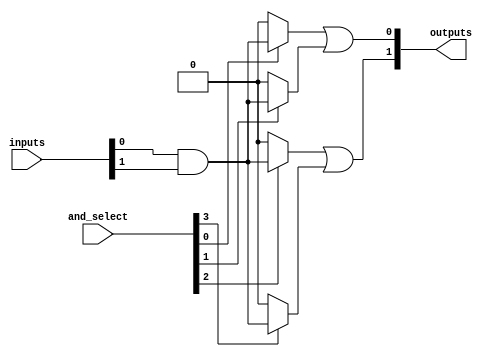
module HS_PAL (
    input wire [N-1:0] inputs,    // N input lines
    input wire [M-1:0] and_select, // M programmable AND gate selectors
    output wire [P-1:0] outputs    // P output lines
);

// Parameters for the design
parameter N = 8; // Number of input lines
parameter M = 4; // Number of AND gates
parameter P = 2; // Number of output lines

// Internal wires for AND gate outputs
wire [M-1:0] and_outputs;

// Programmable AND array
genvar i;
generate
    for (i = 0; i < M; i = i + 1) begin : and_array
        // Each AND gate can be programmed to accept a subset of inputs
        assign and_outputs[i] = (and_select[i]) ? (inputs[0] & inputs[1]) : 1'b0; // Example: AND of inputs 0 and 1
        // Additional conditions can be added for other combinations
    end
endgenerate

// Fixed OR array
assign outputs[0] = and_outputs[0] | and_outputs[1]; // Example: OR of first two AND outputs
assign outputs[1] = and_outputs[2] | and_outputs[3]; // Example: OR of next two AND outputs

endmodule